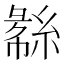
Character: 𬗧